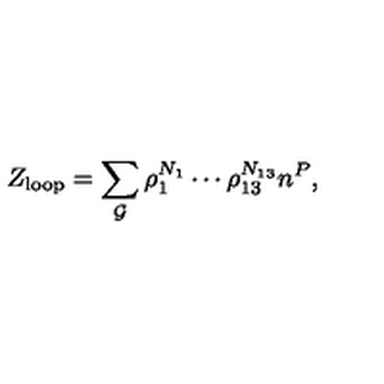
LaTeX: Z _ { \mathrm { l o o p } } = \sum _ { { \cal G } } \rho _ { 1 } ^ { N _ { 1 } } \cdots \rho _ { 1 3 } ^ { N _ { 1 3 } } n ^ { P } ,